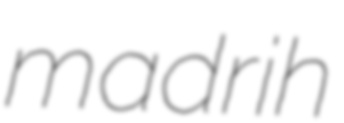
madrih